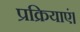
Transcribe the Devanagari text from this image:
प्रक्रियाएं।